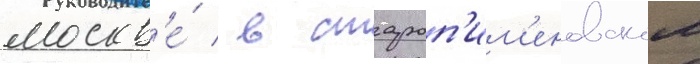
москв'е́ / в староп'им'еновском